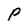
Character: p